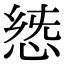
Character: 𢛭